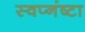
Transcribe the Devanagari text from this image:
स्वप्नंष्टा